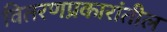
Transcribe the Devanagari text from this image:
वितरणप्रकारांतील